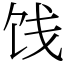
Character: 饯